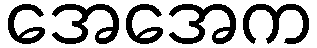
အေအေက